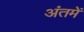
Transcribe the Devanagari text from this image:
अंतमें